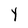
Character: Y